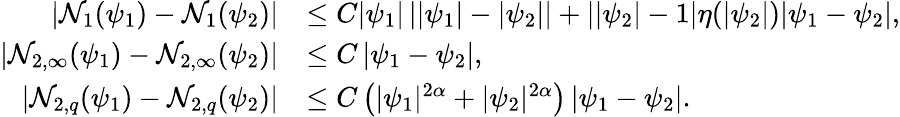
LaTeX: \begin{array}{rl}{\left|\mathcal{N}_{1}(\psi_{1})-\mathcal{N}_{1}(\psi_{2})\right|}&{\leq C|\psi_{1}|\left||\psi_{1}|-|\psi_{2}|\right|+\left||\psi_{2}|-1\right|\eta(|\psi_{2}|)|\psi_{1}-\psi_{2}|,}\\ {\left|\mathcal{N}_{2,\infty}(\psi_{1})-\mathcal{N}_{2,\infty}(\psi_{2})\right|}&{\leq C\left|\psi_{1}-\psi_{2}\right|,}\\ {\left|\mathcal{N}_{2,q}(\psi_{1})-\mathcal{N}_{2,q}(\psi_{2})\right|}&{\leq C\left(|\psi_{1}|^{2\alpha}+|\psi_{2}|^{2\alpha}\right)\left|\psi_{1}-\psi_{2}\right|.}\end{array}